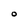
Character: O